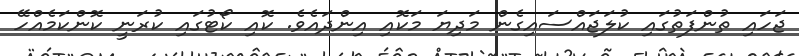
ޖަހައި ތުންފަތުގައި ކުލަޖައްސައިގެން މަދިޔަ މަކޮއި އިންދައެވެ. ކޮއި ކޯޓުގައި ކުރަނީ ކޮންކަމެއްހޭ